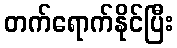
တက်ရောက်နိုင်ပြီး